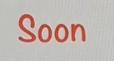
Soon